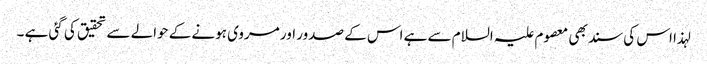
لہذا اس کی سند بھی معصوم علیہ السلام سے ہے اس کے صدور اور مروی ہونے کے حوالے سے تحقیق کی گئی ہے ۔